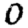
Digit: 0